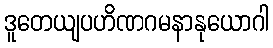
ဒူတေယျပဟိဏဂမနာနုယောဂါ